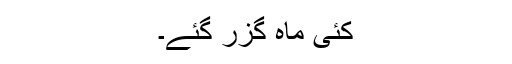
کئی ماہ گزر گئے۔